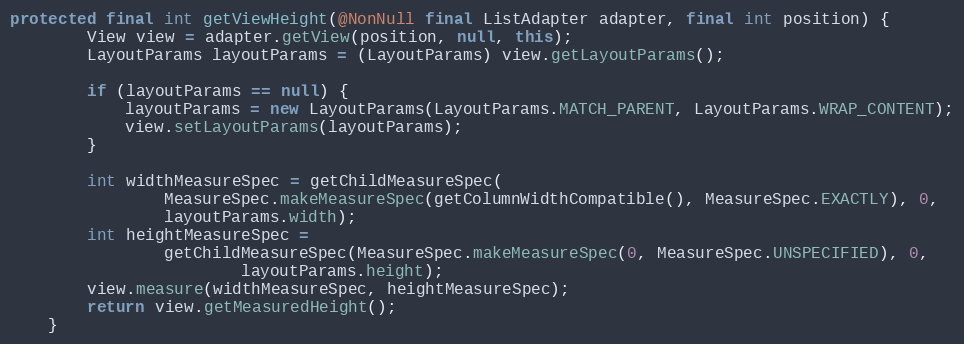
Language: Java
protected final int getViewHeight(@NonNull final ListAdapter adapter, final int position) {
        View view = adapter.getView(position, null, this);
        LayoutParams layoutParams = (LayoutParams) view.getLayoutParams();

        if (layoutParams == null) {
            layoutParams = new LayoutParams(LayoutParams.MATCH_PARENT, LayoutParams.WRAP_CONTENT);
            view.setLayoutParams(layoutParams);
        }

        int widthMeasureSpec = getChildMeasureSpec(
                MeasureSpec.makeMeasureSpec(getColumnWidthCompatible(), MeasureSpec.EXACTLY), 0,
                layoutParams.width);
        int heightMeasureSpec =
                getChildMeasureSpec(MeasureSpec.makeMeasureSpec(0, MeasureSpec.UNSPECIFIED), 0,
                        layoutParams.height);
        view.measure(widthMeasureSpec, heightMeasureSpec);
        return view.getMeasuredHeight();
    }